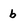
Character: b